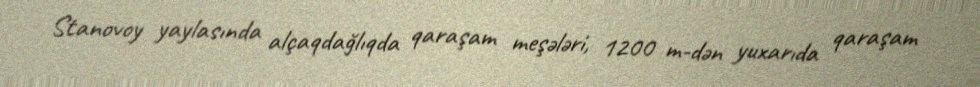
Stanovoy yaylasında alçaqdağlıqda qaraşam meşələri, 1200 m-dən yuxarıda qaraşam